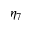
\eta _ { 7 }